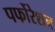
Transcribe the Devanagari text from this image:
पर्फोरेशन